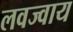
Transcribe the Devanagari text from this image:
लवज्वाय